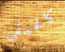
كالحمقى